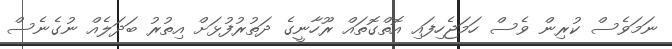
ނަމަވެސް ކުރިން ވެސް ހަމަޖެހިފައި އޮތްގޮތައް ރޫހާނީގެ ދަތުރުފުޅަށް އިތުރު ބަދަލެއް ނުގެނެސް